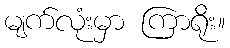
မျက်လုံးမှာ ကြာရိုး။